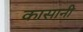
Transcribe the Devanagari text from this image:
कासानी